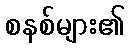
စနစ်များ၏